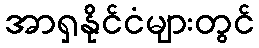
အာရှနိုင်ငံများတွင်